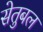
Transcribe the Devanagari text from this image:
सेतुबल